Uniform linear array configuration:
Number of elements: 4
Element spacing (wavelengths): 0.5
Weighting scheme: cosine
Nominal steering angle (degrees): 0
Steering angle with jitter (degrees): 1.315
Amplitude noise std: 0.05
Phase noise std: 0.05

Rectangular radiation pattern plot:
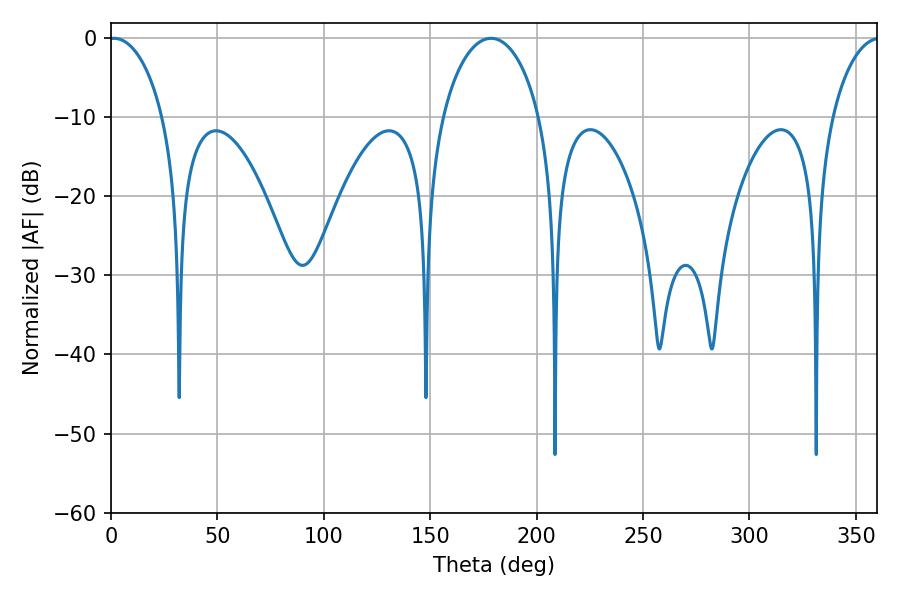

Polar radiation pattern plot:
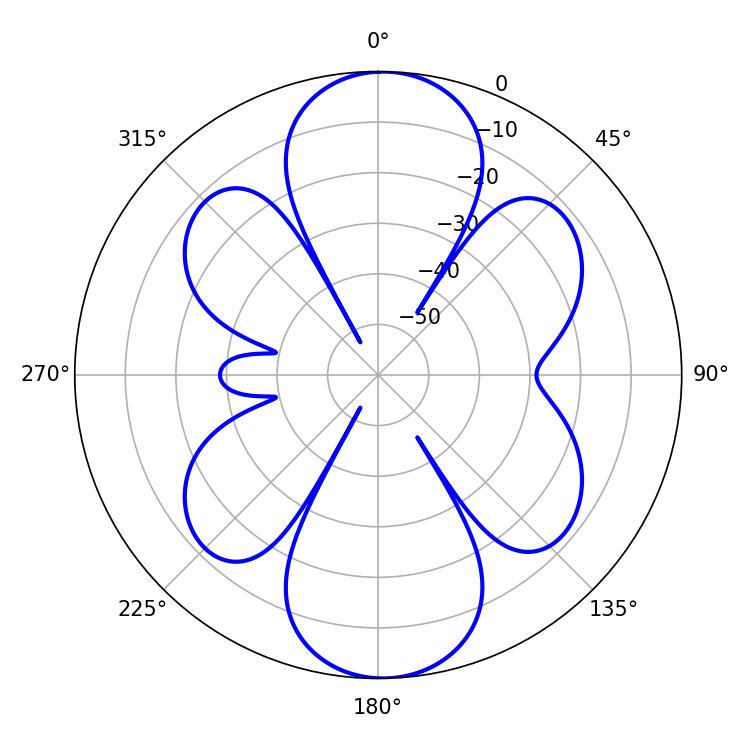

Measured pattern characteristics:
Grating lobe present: FALSE
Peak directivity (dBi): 18.183
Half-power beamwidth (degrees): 14.58
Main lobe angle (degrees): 1.44